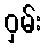
ဝှမ်း